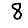
Digit: 8